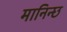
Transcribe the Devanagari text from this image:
मानिन्छ